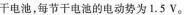
干电池，每节干电池的电动势为1.5V。